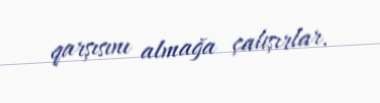
qarşısını almağa çalışırlar.